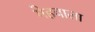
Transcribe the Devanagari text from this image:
गेहवाला